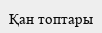
Қан топтары